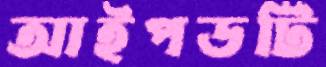
আইপডটি